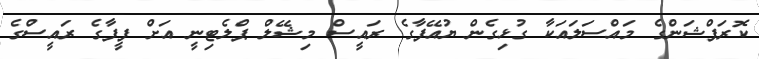
ކޮރަޕްޝަންގެ މައްސަލައަކާ ގުޅިގެން ޔުއޭފާގެ ރައީސް މިޝޭލް ޕްލެޓިނީ އަށް ފީފާގެ ރައީސްގެ